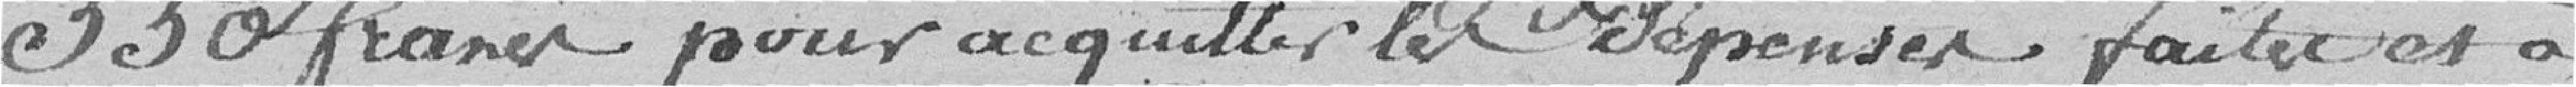
550 francs pour acquitter les dépenses faites et à